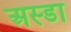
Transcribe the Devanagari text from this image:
अस्डा